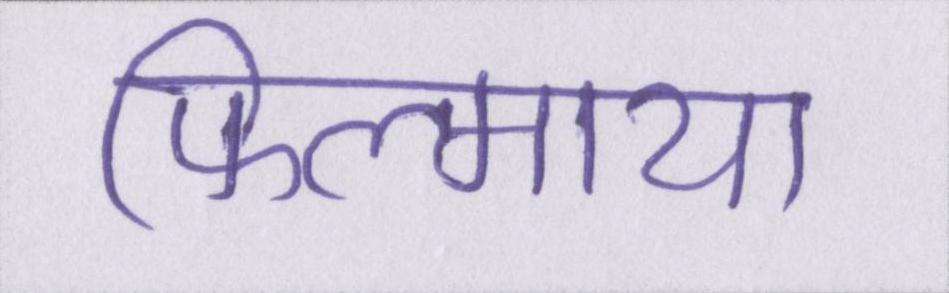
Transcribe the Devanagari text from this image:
फिल्माया